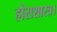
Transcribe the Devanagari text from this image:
होराशास्त्र।